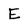
Character: E